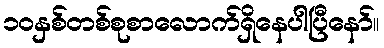
၁၀နှစ်တစ်စုစာလောက်ရှိနေပါပြီနော်။